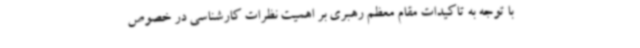
با توجه به تاکیدات مقام معظم رهبری بر اهمیت نظرات کارشناسی در خصوص